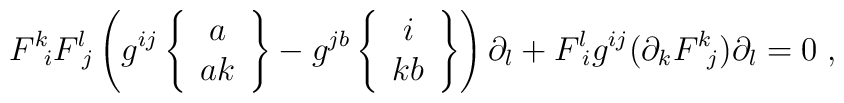
F^{k}\!_{i}F^{l}\!_{j}\left(g^{ij}\left\{\begin{array}{c}a \\ak\end{array}\right\}-g^{jb}\left\{\begin{array}{c}i \\kb\end{array}\right\}\right)\partial_{l}+F^{l}\!_{i}g^{ij}(\partial_{k}F^{k}\!_{j})\partial_{l}=0\;,